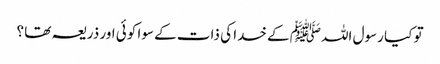
تو کیا رسول اللہﷺ کے خدا کی ذات کے سوا کوئی اور ذریعہ تھا ؟